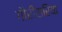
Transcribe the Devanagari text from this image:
गौरीसरिया